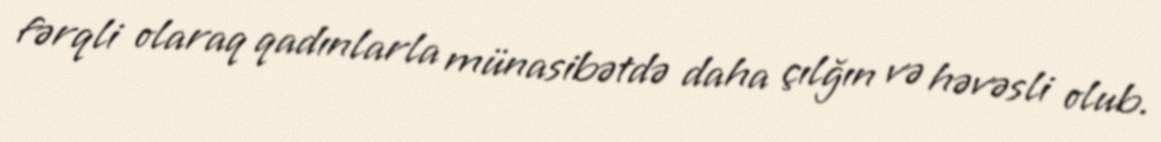
fərqli olaraq qadınlarla münasibətdə daha çılğın və həvəsli olub.